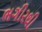
ભગીરથી